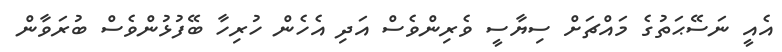
އެއީ ނަސޭޙަތުގެ މައްޗަށް ސިޔާސީ ވެރިންވެސް އަދި އެހެން ހުރިހާ ބޭފުޅުންވެސް ބުރަވާން